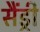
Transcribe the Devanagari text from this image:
सैंड्री